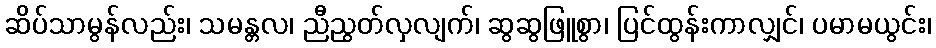
ဆိပ်သာမွန်လည်း၊ သမန္တလ၊ ညီညွတ်လှလျက်၊ ဆွဆွဖြူစွာ၊ ပြင်ထွန်းကာလျှင်၊ ပမာမယွင်း၊